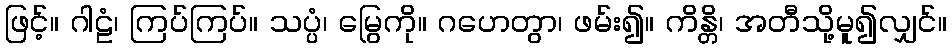
ဖြင့်။ ဂါဠံ၊ ကြပ်ကြပ်။ သပ္ပံ၊ မြွေကို။ ဂဟေတွာ၊ ဖမ်း၍။ ကိန္တိ၊ အတီသို့မူ၍လျှင်။